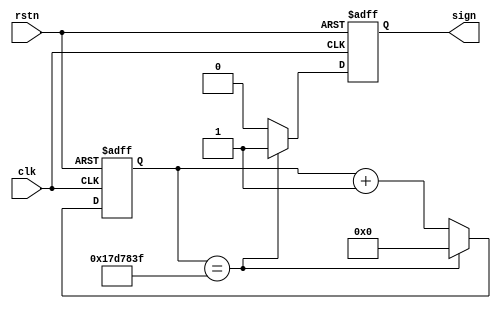
module time_delay_2s(
							clk,
							rstn,
							sign
							);
							
	input clk,rstn;
	output sign;
	
	reg sign;
	
	reg [25:0] cont;

	always@(posedge clk or negedge rstn)
	begin
		if(!rstn) begin 
			cont <= 0;
			sign <= 0;
			end 
		else 
		begin 
			if(cont == 25'd24999999) begin
				sign <= 1;
				cont = 25'd0;
			end
			
			else begin
				cont <= cont +25'd1;
				sign <= 0;
			end 
		end
	end
	
endmodule